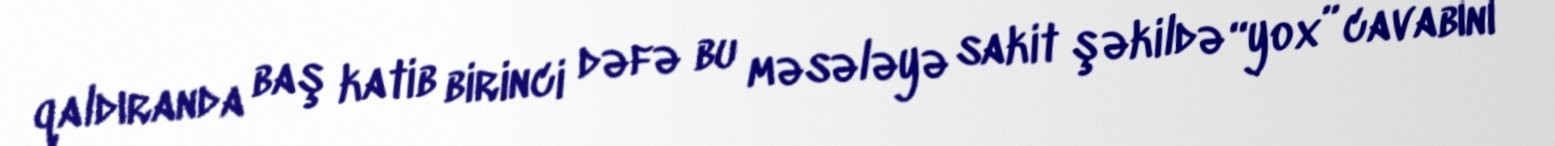
qaldıranda baş katib birinci dəfə bu məsələyə sakit şəkildə “yox” cavabını